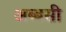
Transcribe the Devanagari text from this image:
अब्बसी